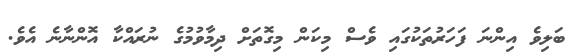
ބަލިވެ އިންނަ ފަހަރުތަކުގައި ވެސް މިކަން މިގޮތަށް ދިމާވުމުގެ ނުރައްކާ އޮންނާނެ އެވެ.